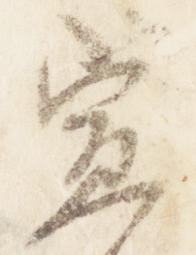
宣